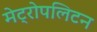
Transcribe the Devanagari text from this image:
मेट्रोपलिटन